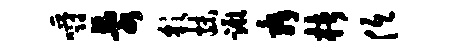
嚼乱彩抹蹶舜楮低